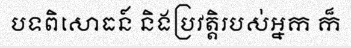
បទពិសោធន៍ និងប្រវត្តិរបស់អ្នក ក៏